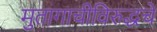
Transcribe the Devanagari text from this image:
मुतागाचीविरुद्धचे